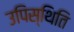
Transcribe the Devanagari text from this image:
उपिस्थिति